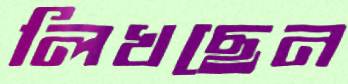
লিখছেন